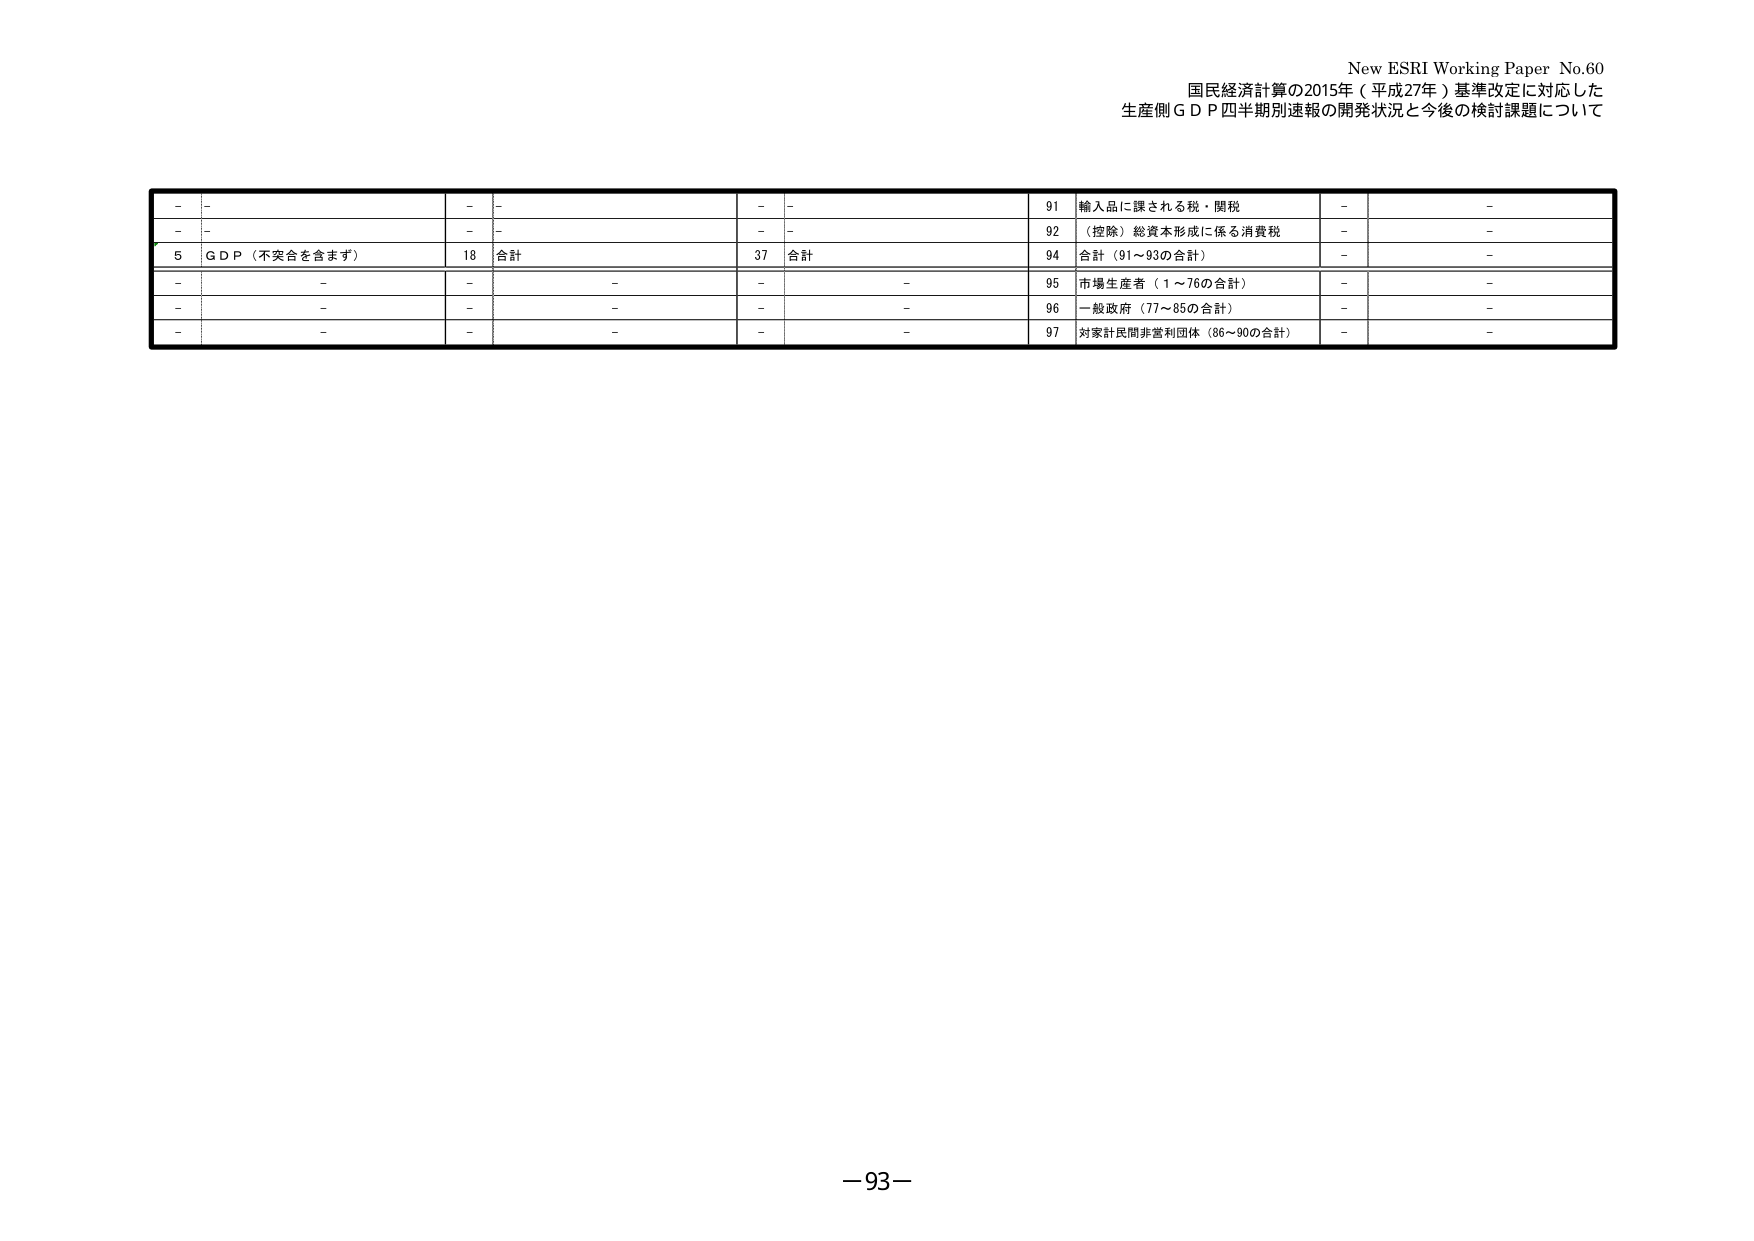
New ESRI Working Paper No.60
国民経済計算の2015年（平成27年）基準改定に対応した
生産側ＧＤＰ四半期別速報の開発状況と今後の検討課題について

－ － － － － － 91 輸入品に課される税・関税 － －
－ － － － － － 92 （控除）総資本形成に係る消費税 － －
5 ＧＤＰ（不突合を含まず） 18 合計 37 合計 94 合計（91～93の合計） － －
－ － － － － － 95 市場生産者（1～76の合計） － －
－ － － － － － 96 一般政府（77～85の合計） － －
－ － － － － － 97 対家計民間非営利団体（86～90の合計） － －

－93－